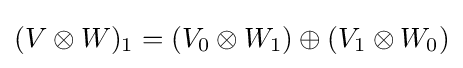
(V\otimes W)_{1}=(V_{0}\otimes W_{1})\oplus (V_{1}\otimes W_{0})